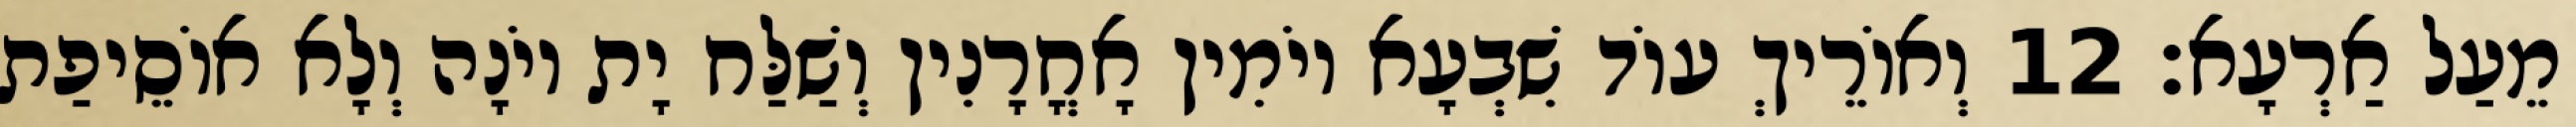
מֵעַל אַרְעָא׃ 12 וְאוֹרֵיךְ עוֹד שִׁבְעָא יוֹמִין אָחֳרָנִין וְשַׁלַּח יָת יוֹנָה וְלָא אוֹסֵיפַת